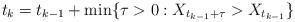
LaTeX: \begin{align*}t_k=t_{k-1}+\min\{\tau>0:X_{t_{k-1}+\tau}>X_{t_{k-1}}\}\end{align*}